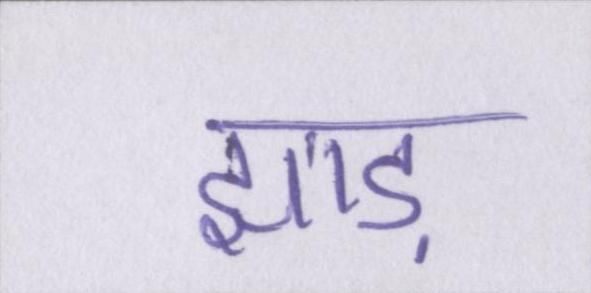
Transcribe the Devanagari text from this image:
झाड़